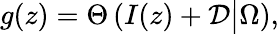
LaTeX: g(z)=\Theta\left(I(z)+{\cal D}\big|\Omega\right),